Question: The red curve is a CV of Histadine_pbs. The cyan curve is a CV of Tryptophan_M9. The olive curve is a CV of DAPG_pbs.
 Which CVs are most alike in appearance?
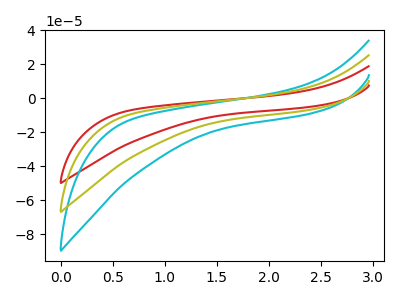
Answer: <think>The red curve "Histadine_pbs" has no peaks. The cyan curve "Tryptophan_M9" has no peaks. The olive curve "DAPG_pbs" has no peaks.
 Neither "Histadine_pbs" or "Tryptophan_M9" have any peaks. Neither "Histadine_pbs" or "DAPG_pbs" have any peaks. Neither "Tryptophan_M9" or "DAPG_pbs" have any peaks.</think>
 <answer>"Histadine_pbs", "Tryptophan_M9" and "DAPG_pbs" have the same shape and are likely CV's of the same chemical.</answer>
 <eval>"Histadine_pbs" "Tryptophan_M9" "DAPG_pbs"</eval>